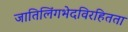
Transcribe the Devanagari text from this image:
जातिलिंगभेदविरहितता